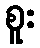
စူး